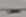
Text: -